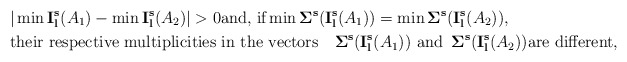
\begin{align*}&\vert\min {\bf I_l^s}(A_1)-\min {\bf I_l^s}(A_2)\vert >0\hbox{and, if} \min {\bf \Sigma^s}({\bf I_l^s}(A_1))=\min {\bf \Sigma^s}({\bf I_l^s}(A_2)),\\ &\hbox{their respective multiplicities in the vectors}\quad{\bf \Sigma^s}({\bf I_l^s}(A_1))\,\,\hbox{and}\,\,\, {\bf \Sigma^s}({\bf I_l^s}(A_2)) \hbox{are different,}\end{align*}